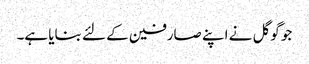
جو گوگل نے اپنے صارفین کے لئے بنایا ہے۔